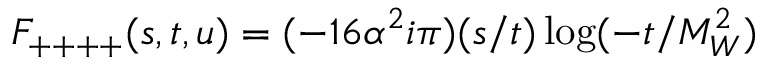
F _ { + + + + } ( s , t , u ) = ( - 1 6 \alpha ^ { 2 } i \pi ) ( s / t ) \log ( - t / M _ { W } ^ { 2 } )